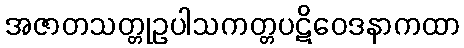
အဇာတသတ္တုဥပါသကတ္တပဋိဝေဒနာကထာ